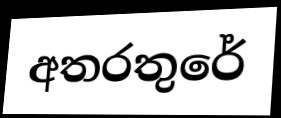
අතරතුරේ